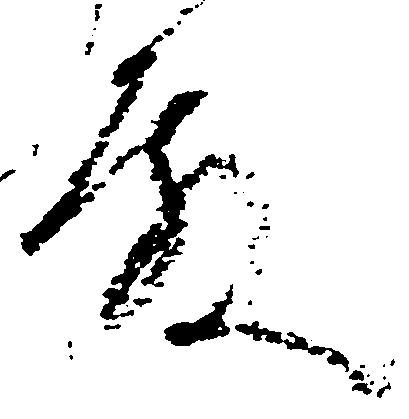
殿